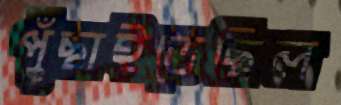
পুঁছাইতেছিল